Indian journal of veterinary science and animal husbandry - Volume 6,
Year: 1936
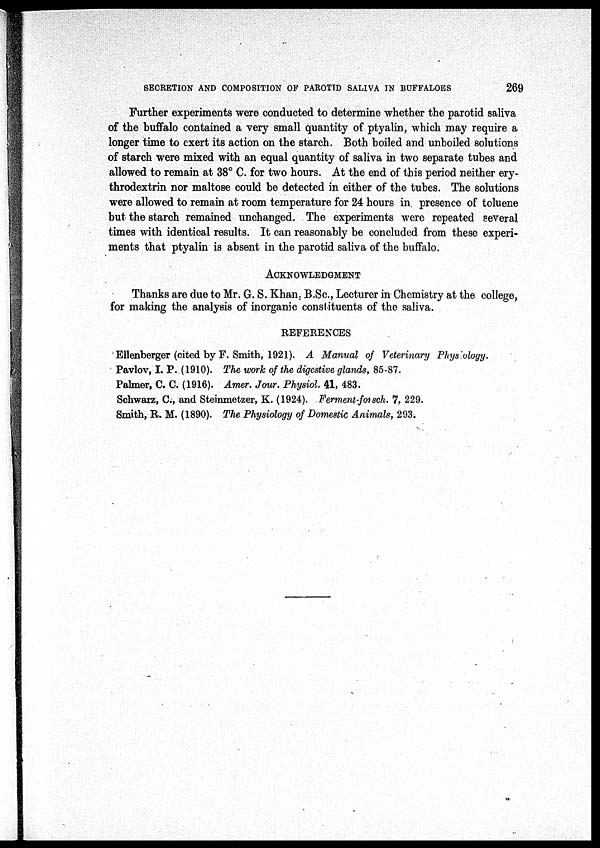
SECRETION AND COMPOSITION OF PAROTID SALIVA IN BUFFALOES
269
Further experiments were conducted to determine whether the parotid saliva
of the buffalo contained a very small quantity of ptyalin, which may require a
longer time to exert its action on the starch. Both boiled and unboiled solutions
of starch were mixed with an equal quantity of saliva in two separate tubes and
allowed to remain at 38° C. for two hours. At the end of this period neither ery¬
throdextrin nor maltose could be detected in either of the tubes. The solutions
were allowed to remain at room temperature for 24 hours in presence of toluene
but the starch remained unchanged. The experiments were repeated several
times with identical results. It can reasonably be concluded from these experi-
ments that ptyalin is absent in the parotid saliva of the buffalo.
ACKNOWLEDGMENT
Thanks are due to Mr. G. S. Khan, B.Sc., Lecturer in Chemistry at the college,
for making the analysis of inorganic constituents of the saliva.
REFERENCES
Ellenberger (cited by F. Smith, 1921). A Manual of Veterinary Phys ology.
Pavlov, I. P. (1910). The work of the digestive glands, 85-87.
Palmer, C. C. (1916). Amer. Jour. Physiol. 41, 483.
Schwarz, C, and Steinmetzer, K. (1924). Ferment-forsch. 7, 229.
Smith, R. M. (1890). The Physiology of Domestic Animals, 293.